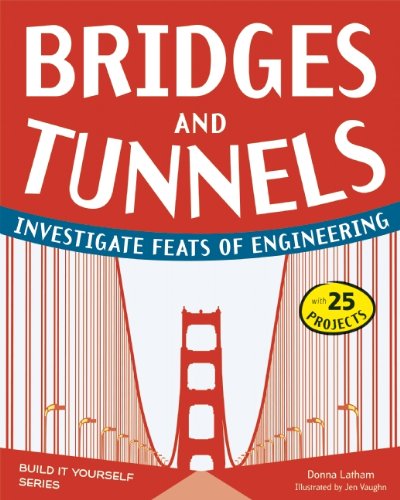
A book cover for Bridges and Tunnels: Investigate Feats of Engineering with 25 Projects (Build It Yourself); Donna Latham; Children's Books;